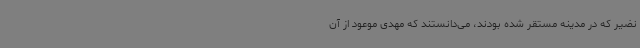
نضیر که در مدینه مستقر شده بودند، می‌دانستند که مهدی موعود از آن